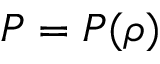
P = P ( \rho )